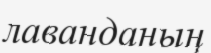
лаванданың